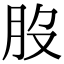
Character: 𦘿